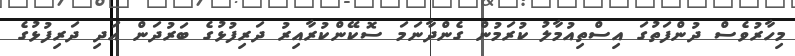
މިހާރުވެސް ދުންފަތުގަ އިސްތިއުމާލު ކުރަމުން ގެންދާނަމަ ސޮކޭންކުރާއިރު ދަރިފުޅުގެ ބަރުދަން އަދި ދަރިފުޅުގެ